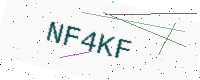
Text: NF4KF